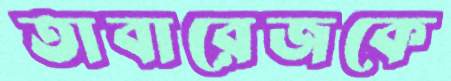
তাবারেজকে